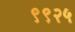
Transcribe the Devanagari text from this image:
९९२५